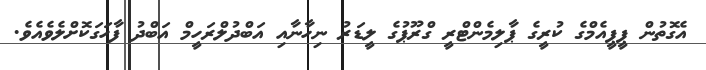
އެގޮތުން ޕީޕީއެމްގެ ކުރީގެ ޕާލިމެންޓްރީ ގްރޫޕުގެ ލީޑަރު ނިހާނާއި އަބްދުލްރަހީމް އަބްދު ފާހަގަކޮށްލެވެއެވެ.